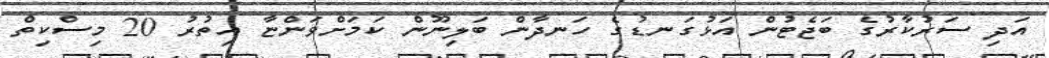
އަދި ސަރުކާރުގެ ބަޖެޓުން އަޅުގަނޑުގެ ހަނދާން ބަލިނޫން ކަމަށްވަންޏާ އިތުރު 20 މިސްކިތް